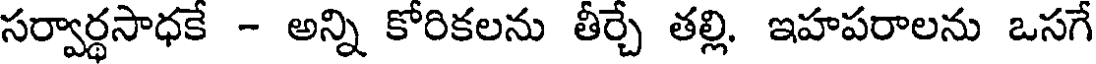
సర్వార్థసాధకే - అన్ని కోరికలను తీర్చే తల్లి. ఇహపరాలను ఒసగే